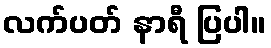
လက်ပတ် နာရီ ပြပါ။